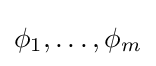
\phi _{1},\ldots ,\phi _{m}